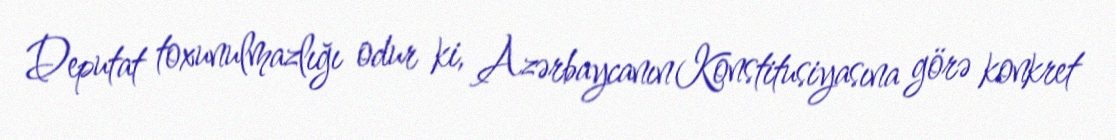
Deputat toxunulmazlığı odur ki, Azərbaycanın Konstitusiyasına görə konkret